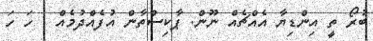
ބުރޯ ތީ އިންޑިޔާ އެއްޗެއް ނޫން. ޕާކިސްތާން އުފެއްދުމެއް . ހަ ހަ